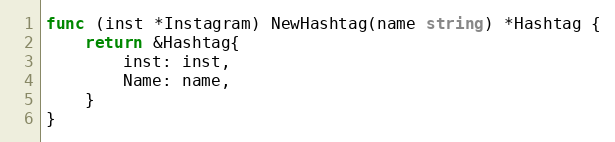
Language: Go
func (inst *Instagram) NewHashtag(name string) *Hashtag {
	return &Hashtag{
		inst: inst,
		Name: name,
	}
}